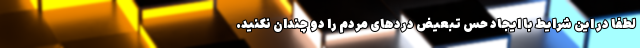
لطفا در این شرایط با ایجاد حس تبعیض دردهای مردم را دو چندان نکنید.